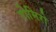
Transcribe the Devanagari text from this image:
रोमिरो